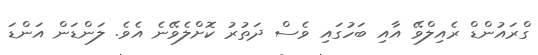
ގްރައުންޑް ރެއިލްވޭ އާއި ބަހުގައި ވެސް ދަތުރު ކޮށްލެވޭނެ އެވެ. ލަންޑަން އަންޑަ